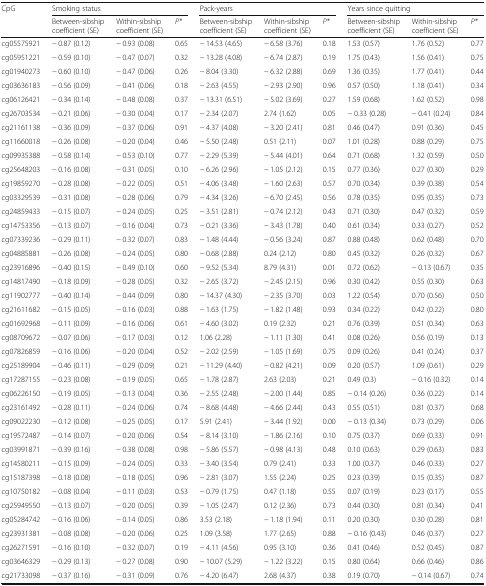
<table><thead><tr><td rowspan="2"><b>CpG</b></td><td colspan="3"><b>Smoking status</b></td><td colspan="3"><b>Pack-years</b></td><td colspan="3"><b>Years since quitting</b></td></tr><tr><td><b>Between-sibship coefficient (SE)</b></td><td><b>Within-sibship coefficient (SE)</b></td><td><b><i>P*</i></b></td><td><b>Between-sibship coefficient (SE)</b></td><td><b>Within-sibship coefficient (SE)</b></td><td><b><i>P*</i></b></td><td><b>Between-sibship coefficient (SE)</b></td><td><b>Within-sibship coefficient (SE)</b></td><td><b><i>P*</i></b></td></tr></thead><tbody><tr><td>cg05575921</td><td>− 0.87 (0.12)</td><td>− 0.93 (0.08)</td><td>0.65</td><td>− 14.53 (4.65)</td><td>− 6.58 (3.76)</td><td>0.18</td><td>1.53 (0.57)</td><td>1.76 (0.52)</td><td>0.77</td></tr><tr><td>cg05951221</td><td>− 0.59 (0.10)</td><td>− 0.47 (0.07)</td><td>0.32</td><td>− 13.28 (4.08)</td><td>− 6.74 (2.87)</td><td>0.19</td><td>1.75 (0.43)</td><td>1.56 (0.41)</td><td>0.75</td></tr><tr><td>cg01940273</td><td>− 0.60 (0.10)</td><td>− 0.47 (0.06)</td><td>0.26</td><td>− 8.04 (3.30)</td><td>− 6.32 (2.88)</td><td>0.69</td><td>1.36 (0.35)</td><td>1.77 (0.41)</td><td>0.44</td></tr><tr><td>cg03636183</td><td>− 0.56 (0.09)</td><td>− 0.41 (0.06)</td><td>0.18</td><td>− 2.63 (4.55)</td><td>− 2.93 (2.90)</td><td>0.96</td><td>0.57 (0.50)</td><td>1.18 (0.41)</td><td>0.34</td></tr><tr><td>cg06126421</td><td>− 0.34 (0.14)</td><td>− 0.48 (0.08)</td><td>0.37</td><td>− 13.31 (6.51)</td><td>− 5.02 (3.69)</td><td>0.27</td><td>1.59 (0.68)</td><td>1.62 (0.52)</td><td>0.98</td></tr><tr><td>cg26703534</td><td>− 0.21 (0.06)</td><td>− 0.30 (0.04)</td><td>0.17</td><td>− 2.34 (2.07)</td><td>2.74 (1.62)</td><td>0.05</td><td>− 0.33 (0.28)</td><td>− 0.41 (0.24)</td><td>0.84</td></tr><tr><td>cg21161138</td><td>− 0.36 (0.09)</td><td>− 0.37 (0.06)</td><td>0.91</td><td>− 4.37 (4.08)</td><td>− 3.20 (2.41)</td><td>0.81</td><td>0.46 (0.47)</td><td>0.91 (0.36)</td><td>0.45</td></tr><tr><td>cg11660018</td><td>− 0.26 (0.08)</td><td>− 0.20 (0.04)</td><td>0.46</td><td>− 5.50 (2.48)</td><td>0.51 (2.11)</td><td>0.07</td><td>1.01 (0.28)</td><td>0.88 (0.29)</td><td>0.75</td></tr><tr><td>cg09935388</td><td>− 0.58 (0.14)</td><td>− 0.53 (0.10)</td><td>0.77</td><td>− 2.29 (5.39)</td><td>− 5.44 (4.01)</td><td>0.64</td><td>0.71 (0.68)</td><td>1.32 (0.59)</td><td>0.50</td></tr><tr><td>cg25648203</td><td>− 0.16 (0.08)</td><td>− 0.31 (0.05)</td><td>0.10</td><td>− 6.26 (2.96)</td><td>− 1.05 (2.12)</td><td>0.15</td><td>0.77 (0.36)</td><td>0.27 (0.30)</td><td>0.29</td></tr><tr><td>cg19859270</td><td>− 0.28 (0.08)</td><td>− 0.22 (0.05)</td><td>0.51</td><td>− 4.06 (3.48)</td><td>− 1.60 (2.63)</td><td>0.57</td><td>0.70 (0.34)</td><td>0.39 (0.38)</td><td>0.54</td></tr><tr><td>cg03329539</td><td>− 0.31 (0.08)</td><td>− 0.28 (0.06)</td><td>0.79</td><td>− 4.34 (3.26)</td><td>− 6.70 (2.45)</td><td>0.56</td><td>0.78 (0.35)</td><td>0.95 (0.35)</td><td>0.73</td></tr><tr><td>cg24859433</td><td>− 0.15 (0.07)</td><td>− 0.24 (0.05)</td><td>0.25</td><td>− 3.51 (2.81)</td><td>− 0.74 (2.12)</td><td>0.43</td><td>0.71 (0.30)</td><td>0.47 (0.32)</td><td>0.59</td></tr><tr><td>cg14753356</td><td>− 0.13 (0.07)</td><td>− 0.16 (0.04)</td><td>0.73</td><td>− 0.21 (3.36)</td><td>− 3.43 (1.78)</td><td>0.40</td><td>0.61 (0.34)</td><td>0.33 (0.27)</td><td>0.52</td></tr><tr><td>cg07339236</td><td>− 0.29 (0.11)</td><td>− 0.32 (0.07)</td><td>0.83</td><td>− 1.48 (4.44)</td><td>− 0.56 (3.24)</td><td>0.87</td><td>0.88 (0.48)</td><td>0.62 (0.48)</td><td>0.70</td></tr><tr><td>cg04885881</td><td>− 0.26 (0.08)</td><td>− 0.24 (0.05)</td><td>0.80</td><td>− 0.68 (2.88)</td><td>0.24 (2.12)</td><td>0.80</td><td>0.45 (0.32)</td><td>0.26 (0.32)</td><td>0.67</td></tr><tr><td>cg23916896</td><td>− 0.40 (0.15)</td><td>− 0.49 (0.10)</td><td>0.60</td><td>− 9.52 (5.34)</td><td>8.79 (4.31)</td><td>0.01</td><td>0.72 (0.62)</td><td>− 0.13 (0.67)</td><td>0.35</td></tr><tr><td>cg14817490</td><td>− 0.18 (0.09)</td><td>− 0.28 (0.05)</td><td>0.32</td><td>− 2.65 (3.72)</td><td>− 2.45 (2.15)</td><td>0.96</td><td>0.30 (0.42)</td><td>0.55 (0.30)</td><td>0.63</td></tr><tr><td>cg11902777</td><td>− 0.40 (0.14)</td><td>− 0.44 (0.09)</td><td>0.80</td><td>− 14.37 (4.30)</td><td>− 2.35 (3.70)</td><td>0.03</td><td>1.22 (0.54)</td><td>0.70 (0.56)</td><td>0.50</td></tr><tr><td>cg21611682</td><td>− 0.15 (0.05)</td><td>− 0.16 (0.03)</td><td>0.88</td><td>− 1.63 (1.75)</td><td>− 1.82 (1.48)</td><td>0.93</td><td>0.34 (0.22)</td><td>0.42 (0.22)</td><td>0.80</td></tr><tr><td>cg01692968</td><td>− 0.11 (0.09)</td><td>− 0.16 (0.06)</td><td>0.61</td><td>− 4.60 (3.02)</td><td>0.19 (2.32)</td><td>0.21</td><td>0.76 (0.39)</td><td>0.51 (0.34)</td><td>0.63</td></tr><tr><td>cg08709672</td><td>− 0.07 (0.06)</td><td>− 0.17 (0.03)</td><td>0.12</td><td>1.06 (2.28)</td><td>− 1.11 (1.30)</td><td>0.41</td><td>0.08 (0.26)</td><td>0.56 (0.19)</td><td>0.13</td></tr><tr><td>cg07826859</td><td>− 0.16 (0.06)</td><td>− 0.20 (0.04)</td><td>0.52</td><td>− 2.02 (2.59)</td><td>− 1.05 (1.69)</td><td>0.75</td><td>0.09 (0.26)</td><td>0.41 (0.24)</td><td>0.37</td></tr><tr><td>cg25189904</td><td>− 0.46 (0.11)</td><td>− 0.29 (0.09)</td><td>0.21</td><td>− 11.29 (4.40)</td><td>− 0.82 (4.21)</td><td>0.09</td><td>0.20 (0.57)</td><td>1.09 (0.61)</td><td>0.29</td></tr><tr><td>cg17287155</td><td>− 0.23 (0.08)</td><td>− 0.19 (0.05)</td><td>0.65</td><td>− 1.78 (2.87)</td><td>2.63 (2.03)</td><td>0.21</td><td>0.49 (0.3)</td><td>− 0.16 (0.32)</td><td>0.14</td></tr><tr><td>cg06226150</td><td>− 0.19 (0.05)</td><td>− 0.13 (0.04)</td><td>0.36</td><td>− 2.55 (2.48)</td><td>− 2.00 (1.44)</td><td>0.85</td><td>− 0.14 (0.26)</td><td>0.36 (0.22)</td><td>0.14</td></tr><tr><td>cg23161492</td><td>− 0.28 (0.11)</td><td>− 0.24 (0.06)</td><td>0.74</td><td>− 8.68 (4.48)</td><td>− 4.66 (2.44)</td><td>0.43</td><td>0.55 (0.51)</td><td>0.81 (0.37)</td><td>0.68</td></tr><tr><td>cg09022230</td><td>− 0.12 (0.08)</td><td>− 0.25 (0.05)</td><td>0.17</td><td>5.91 (2.41)</td><td>− 3.44 (1.92)</td><td>0.00</td><td>− 0.13 (0.34)</td><td>0.73 (0.29)</td><td>0.06</td></tr><tr><td>cg19572487</td><td>− 0.14 (0.07)</td><td>− 0.20 (0.06)</td><td>0.54</td><td>− 8.14 (3.10)</td><td>− 1.86 (2.16)</td><td>0.10</td><td>0.75 (0.37)</td><td>0.69 (0.33)</td><td>0.91</td></tr><tr><td>cg03991871</td><td>− 0.39 (0.16)</td><td>− 0.38 (0.08)</td><td>0.98</td><td>− 5.86 (5.57)</td><td>− 0.98 (4.13)</td><td>0.48</td><td>0.10 (0.63)</td><td>0.29 (0.63)</td><td>0.83</td></tr><tr><td>cg14580211</td><td>− 0.15 (0.09)</td><td>− 0.24 (0.05)</td><td>0.33</td><td>− 3.40 (3.54)</td><td>0.79 (2.41)</td><td>0.33</td><td>1.00 (0.37)</td><td>0.46 (0.33)</td><td>0.27</td></tr><tr><td>cg15187398</td><td>− 0.18 (0.08)</td><td>− 0.18 (0.05)</td><td>0.96</td><td>− 2.81 (3.07)</td><td>1.55 (2.24)</td><td>0.25</td><td>0.23 (0.39)</td><td>0.15 (0.35)</td><td>0.87</td></tr><tr><td>cg10750182</td><td>− 0.08 (0.04)</td><td>− 0.11 (0.03)</td><td>0.53</td><td>− 0.79 (1.75)</td><td>0.47 (1.18)</td><td>0.55</td><td>0.07 (0.19)</td><td>0.23 (0.17)</td><td>0.55</td></tr><tr><td>cg25949550</td><td>− 0.13 (0.07)</td><td>− 0.20 (0.05)</td><td>0.39</td><td>− 1.05 (2.47)</td><td>0.12 (2.36)</td><td>0.73</td><td>0.44 (0.30)</td><td>0.81 (0.34)</td><td>0.41</td></tr><tr><td>cg05284742</td><td>− 0.16 (0.06)</td><td>− 0.14 (0.05)</td><td>0.86</td><td>3.53 (2.18)</td><td>− 1.18 (1.94)</td><td>0.11</td><td>0.20 (0.30)</td><td>0.30 (0.28)</td><td>0.81</td></tr><tr><td>cg23931381</td><td>− 0.08 (0.08)</td><td>− 0.20 (0.06)</td><td>0.25</td><td>1.09 (3.58)</td><td>1.77 (2.65)</td><td>0.88</td><td>− 0.16 (0.43)</td><td>0.46 (0.37)</td><td>0.27</td></tr><tr><td>cg26271591</td><td>− 0.16 (0.10)</td><td>− 0.32 (0.07)</td><td>0.19</td><td>− 4.11 (4.56)</td><td>0.95 (3.10)</td><td>0.36</td><td>0.41 (0.46)</td><td>0.52 (0.45)</td><td>0.87</td></tr><tr><td>cg03646329</td><td>− 0.29 (0.13)</td><td>− 0.27 (0.08)</td><td>0.90</td><td>− 10.07 (5.29)</td><td>− 1.22 (3.22)</td><td>0.15</td><td>0.80 (0.64)</td><td>0.66 (0.46)</td><td>0.86</td></tr><tr><td>cg21733098</td><td>− 0.37 (0.16)</td><td>− 0.31 (0.09)</td><td>0.76</td><td>− 4.20 (6.47)</td><td>2.68 (4.37)</td><td>0.38</td><td>0.19 (0.70)</td><td>− 0.14 (0.67)</td><td>0.74</td></tr></tbody></table>